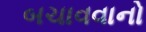
બચાવવાનો